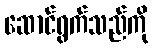
ဆောင်ရွက်သည်ကို